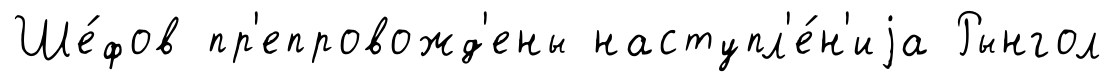
Ше́фов пр'епровожд'ены наступл'е́н'иjа Рынгол